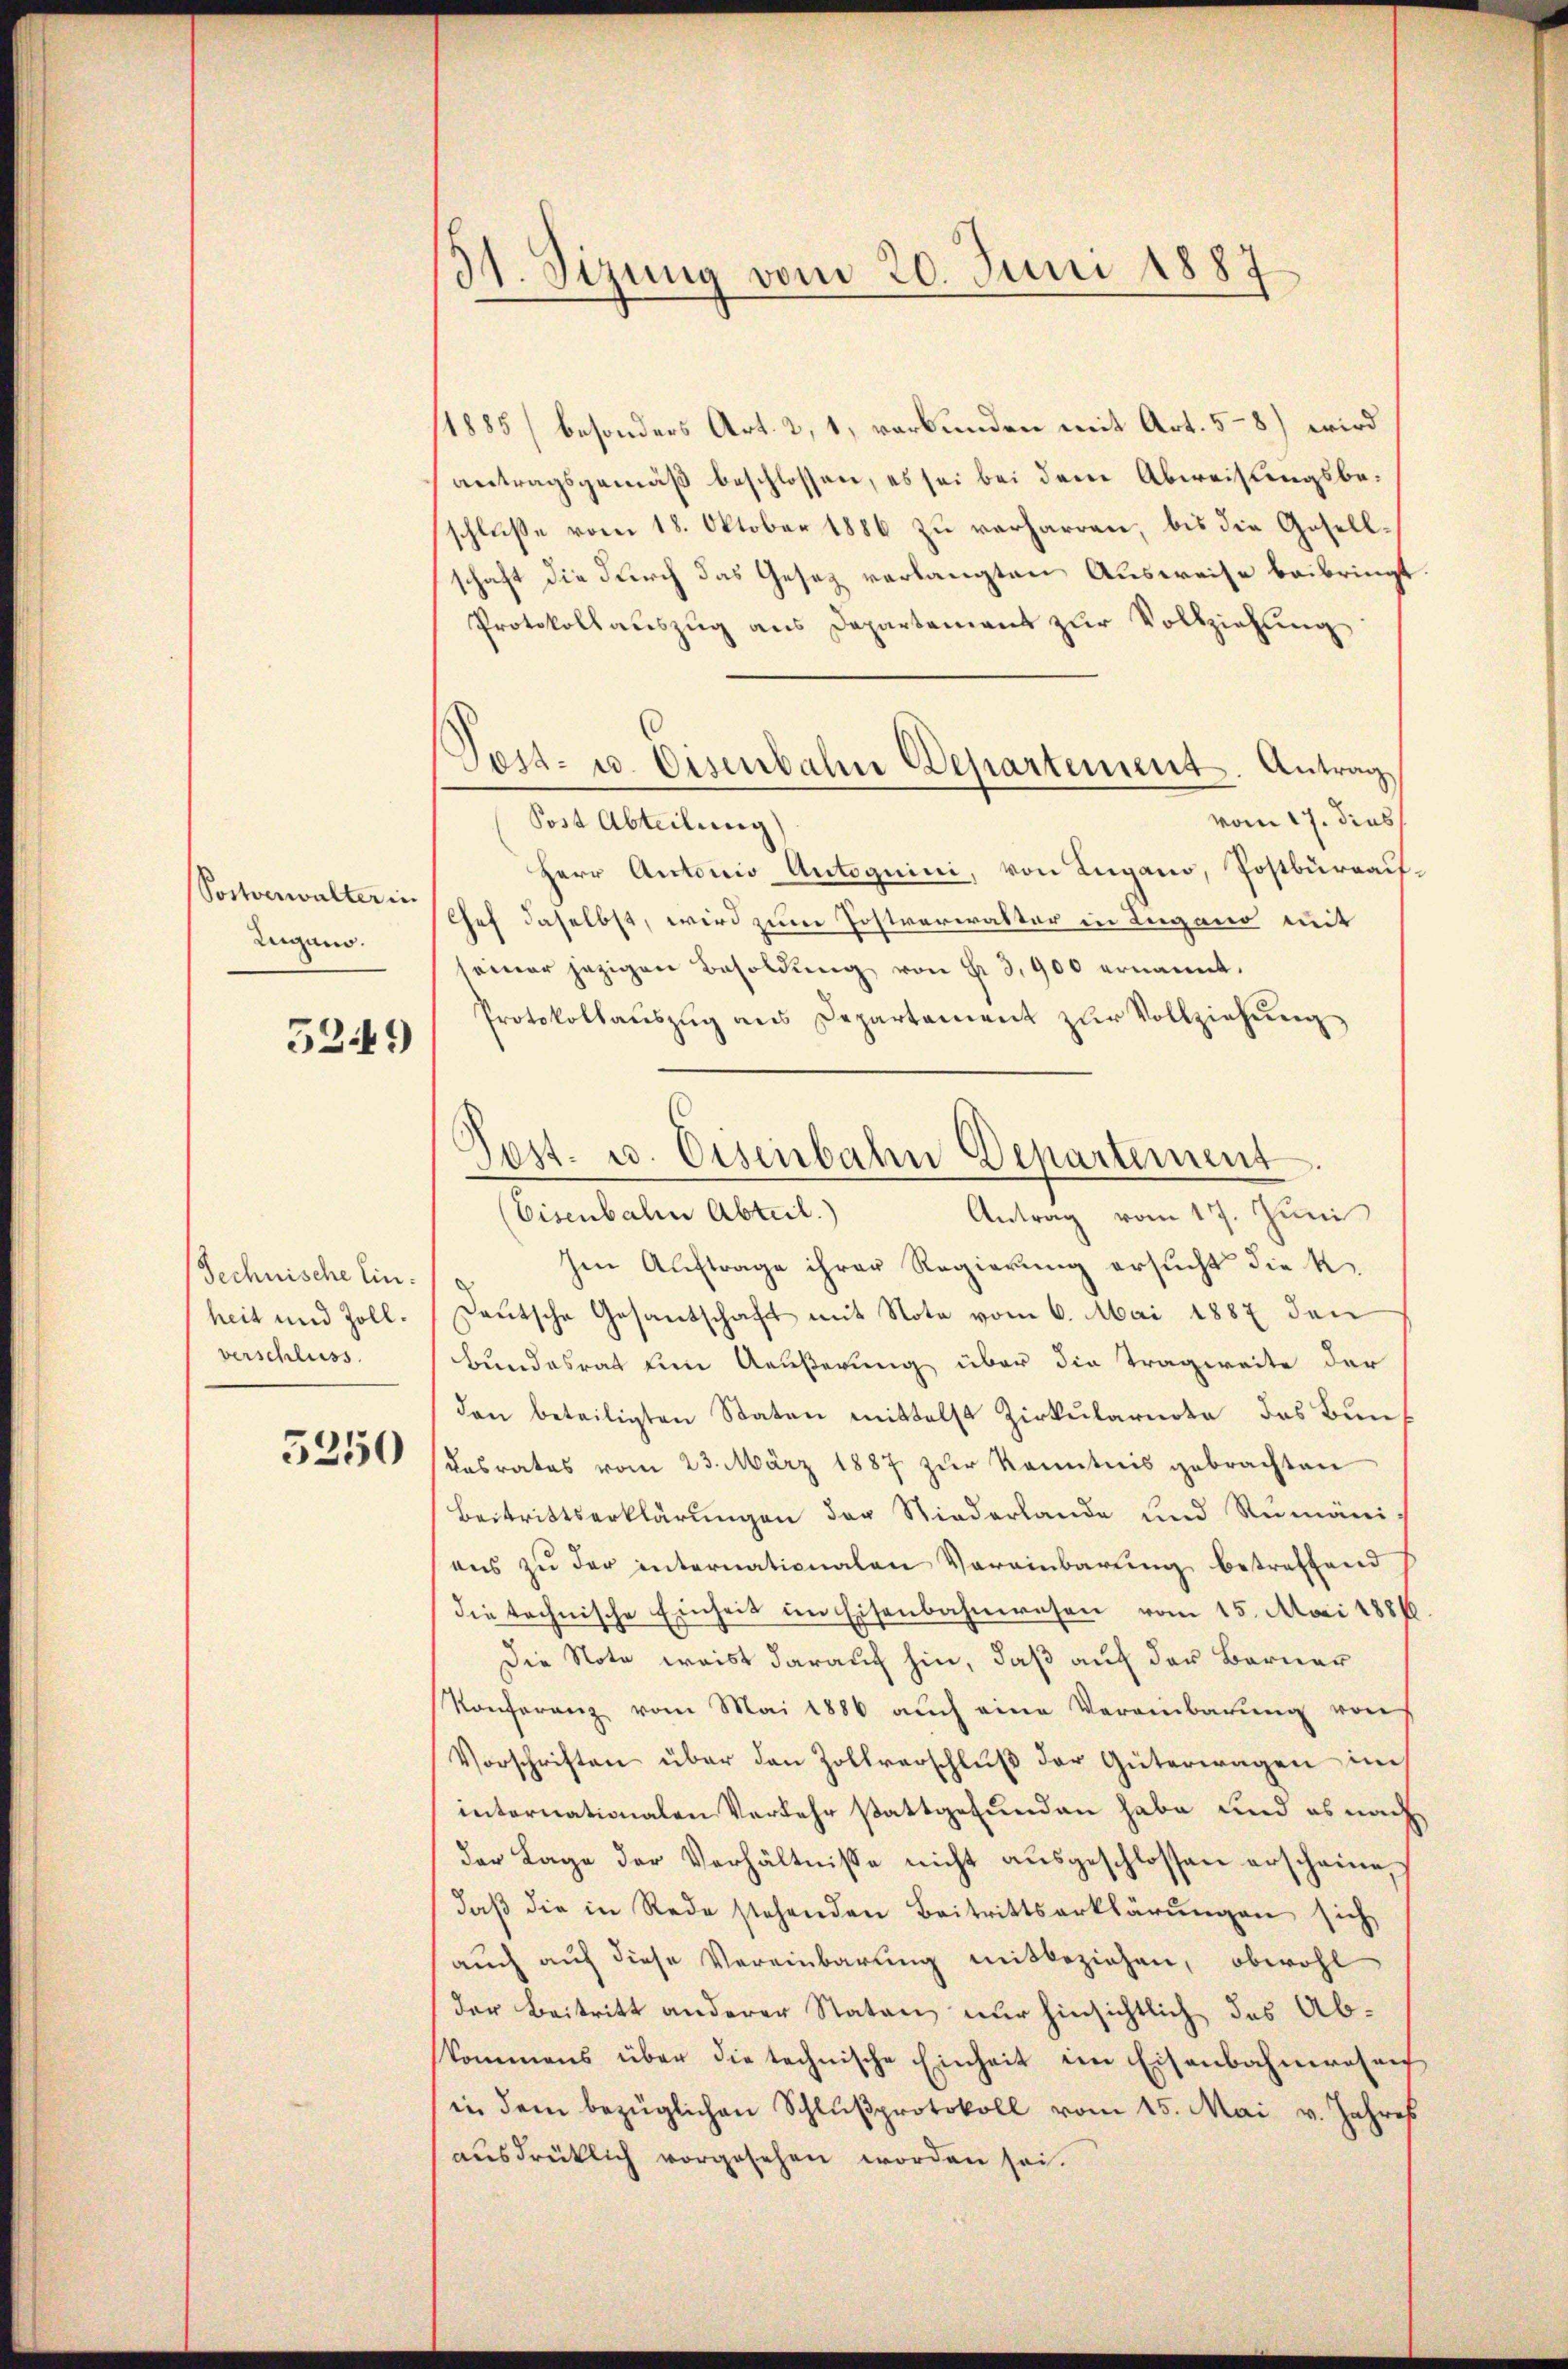
Sostverwalter in
Lugano.

5249

Technische Einheit und Zollverschluss.

5250

31. Sizung vom 20. Juni 1887

1885) besonders Art. 2, 1, verbunden mit Art. 5-8) wird
antragsgemäß beschlossen, es sei bei dem Abweisungsbeschluße vom 18. Oktober 1886 zu verharren, bis die Gesellschaft die durch das Gesez verlangten Ausweise beibringt
Protokollaŭszŭg ans Departement zŭr Vollziehung
vom 17. dies
Post Abteilung)
Herr Antonio Antoguini, von Lugano, Postbüreauf¬
Chef daselbst, wird zum Postverwalter in Lugano mit
seiner jezigen Besoldŭng von § 3,900 ernannt.
Protokollauszug aus Departement zur Vollziehung
(Eisenbahr Abteil.)
Antrag vom 17. Juni
Im Auftrage ihrer Regierung ersucht die K.
Deutsche Gesantschaft mit Nota vom 6. Mai 1887 den
Bundesrat den Aeußerung über die Tragweite der
dan beteiligten Staten mittelst Zirkŭlarnote des Bŭnt
Kasrates vom 23. März 1887 zŭr Kenntnis gebrachten
Beitrittserklärungen der Niederlande und Rumäni
ans zu der internationalen Vereinbarung betreffend
die technische Einheit im Eisenbahnwesen vom 15. Mai 18816
Die Note weist darauf hin, daß auf der Berner
Konferenz vom Mai 1886 auch eine Vereinbarung von
Vorschriften über den Zollverschlŭβ der Güterwagen im
internationalen Verkehr stattgefunden habe und es nach
der Lage der Verhältnisse nicht aŭsgeschlossen erscheine
daβ die in Rede stehenden Beitrittserklärungen sich
auch auf diese Vereinbarung mitbeziehen, obwohl
der Beitritt anderer Staten nur hinsichtlich des Abkommens über die technische Einheit im Eisenbahnwesen
in dem bezüglichen Schlußprotokoll vom 15. Mai v. Jahres
ausdrücklich vorgesehen worden sei.

Test- u. Eisenbahn Departement. Antrag

Post. u. Eisenbahn Departement